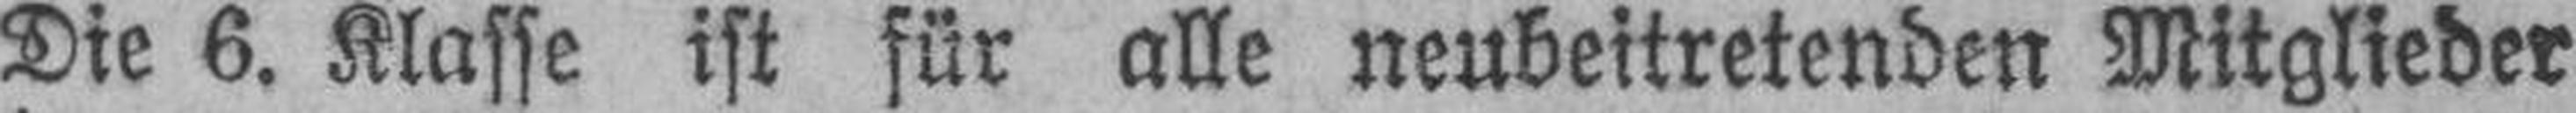
Die 6. Klasse ist für alle neubeitretenden Mitglieder